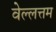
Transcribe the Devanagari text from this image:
वेल्लत्तम